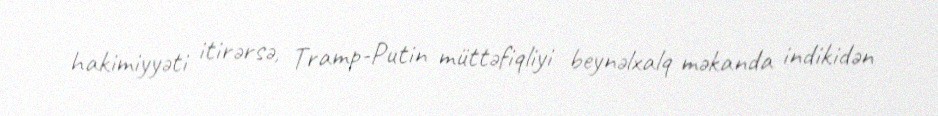
hakimiyyəti itirərsə, Tramp-Putin müttəfiqliyi beynəlxalq məkanda indikidən